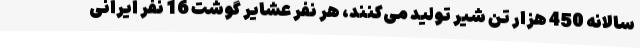
سالانه 450 هزار تن شیر تولید می‌کنند، هر نفر عشایر گوشت 16 نفر ایرانی